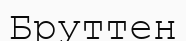
Бруттен